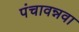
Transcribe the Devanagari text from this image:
पंचावन्नवा